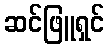
ဆင်ဖြူရှင်